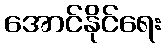
အောင်နိုင်ရေး